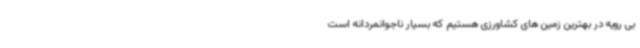
بی رویه در بهترین زمین های کشاورزی هستیم که بسیار ناجوانمردانه است